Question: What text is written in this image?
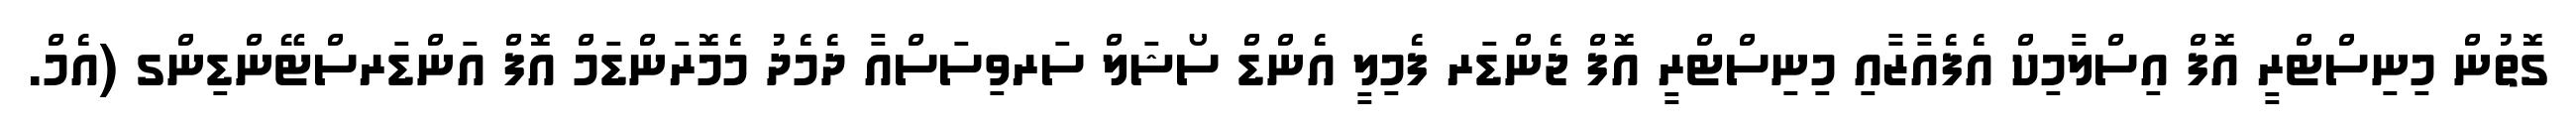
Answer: ގޮތުން މިނިސްޓްރީ އޮފް އިސްލާމިކް އެފެއާޒާއި މިނިސްޓްރީ އޮފް ޖެންޑަރ ފެމިލީ އެންޑް ސޯޝަލް ސަރވިސަސްއާ ދެމެދު މެމޮރަންޑަމް އޮފް އަންޑަރސްޓޭންޑިންގ (އެމް.